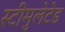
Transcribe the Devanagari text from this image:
स्टीमुलेटेड